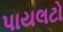
પાયલટો